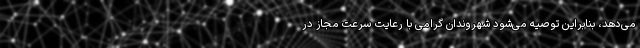
می‌دهد، بنابراین توصیه می‌شود شهروندان گرامی با رعایت سرعت مجاز در